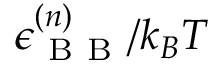
\epsilon _ { \mathrm { ~ B ~ B ~ } } ^ { ( n ) } / k _ { B } T